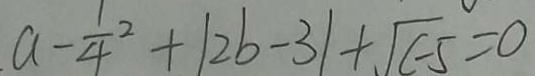
a - \frac { 1 } { 4 } ^ { 2 } + \vert 2 b - 3 \vert + \sqrt { c - 5 } = 0